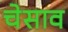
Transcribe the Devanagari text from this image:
चेसाव